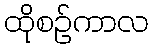
ထိုစဉ်ကာလ